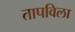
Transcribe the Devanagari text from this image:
तापविला